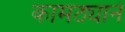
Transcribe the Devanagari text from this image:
कामठ्याने